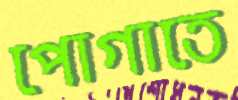
পোগাতে